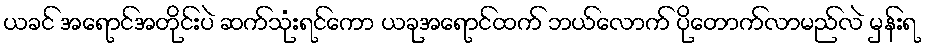
ယခင် အရောင်အတိုင်းပဲ ဆက်သုံးရင်ကော ယခုအရောင်ထက် ဘယ်လောက် ပိုတောက်လာမည်လဲ မှန်းရ